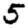
Digit: 5